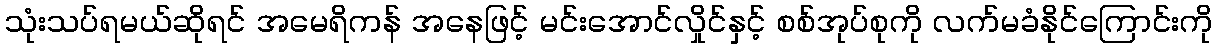
သုံးသပ်ရမယ်ဆိုရင် အမေရိကန် အနေဖြင့် မင်းအောင်လှိုင်နှင့် စစ်အုပ်စုကို လက်မခံနိုင်ကြောင်းကို